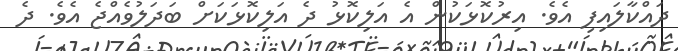
ދައްކާލައިފި އެވެ. އިރުކޮޅަކުން އެ އަލިކޮޅު ދެ އަލިކޮޅަކަށް ބަދަލުވެއްޖެ އެވެ. ދެ